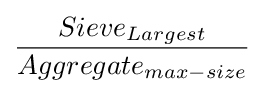
{\frac {Sieve_{Largest}}{Aggregate_{max-size}}}